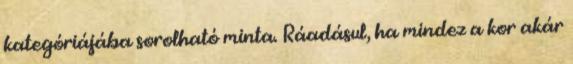
kategóriájába sorolható minta. Ráadásul, ha mindez a kor akár